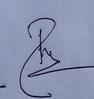
Signature authenticity: genuine